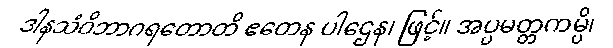
ဒါနသံဝိဘာဂရတောတိ ဧတေန ပါဌေန၊ ဖြင့်။ အပ္ပမတ္တကမ္ပိ၊